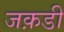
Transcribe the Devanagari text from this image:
जक़डी